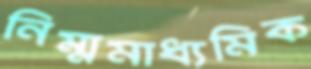
নিম্মমাধ্যমিক